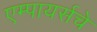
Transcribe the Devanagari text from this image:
एम्पायर्सचे